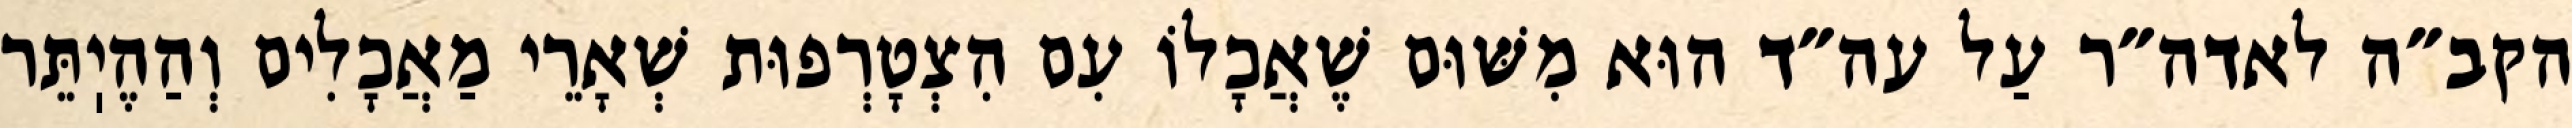
הקב״ה לאדה״ר עַל עה״ד הוּא מִשּׁוּם שֶׁאֲכָלוֹ עִם הִצְטָרְפוּת שְׁאָרֵי מַאֲכָלִים וְהַהֶיֽתֵּר